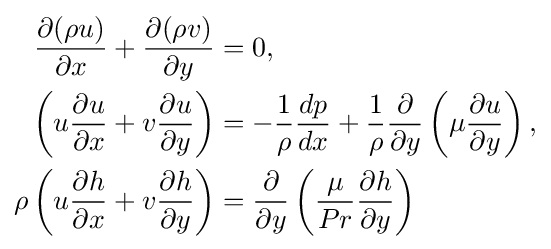
{\begin{aligned}{\frac {\partial (\rho u)}{\partial x}}+{\frac {\partial (\rho v)}{\partial y}}&=0,\\\left(u{\frac {\partial u}{\partial x}}+v{\frac {\partial u}{\partial y}}\right)&=-{\frac {1}{\rho }}{\frac {dp}{dx}}+{\frac {1}{\rho }}{\frac {\partial }{\partial y}}\left(\mu {\frac {\partial u}{\partial y}}\right),\\\rho \left(u{\frac {\partial h}{\partial x}}+v{\frac {\partial h}{\partial y}}\right)&={\frac {\partial }{\partial y}}\left({\frac {\mu }{Pr}}{\frac {\partial h}{\partial y}}\right)\end{aligned}}